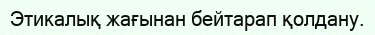
Этикалық жағынан бейтарап қолдану.